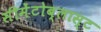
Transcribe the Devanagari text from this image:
सीमेंटोब्लास्ट